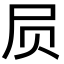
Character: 屃